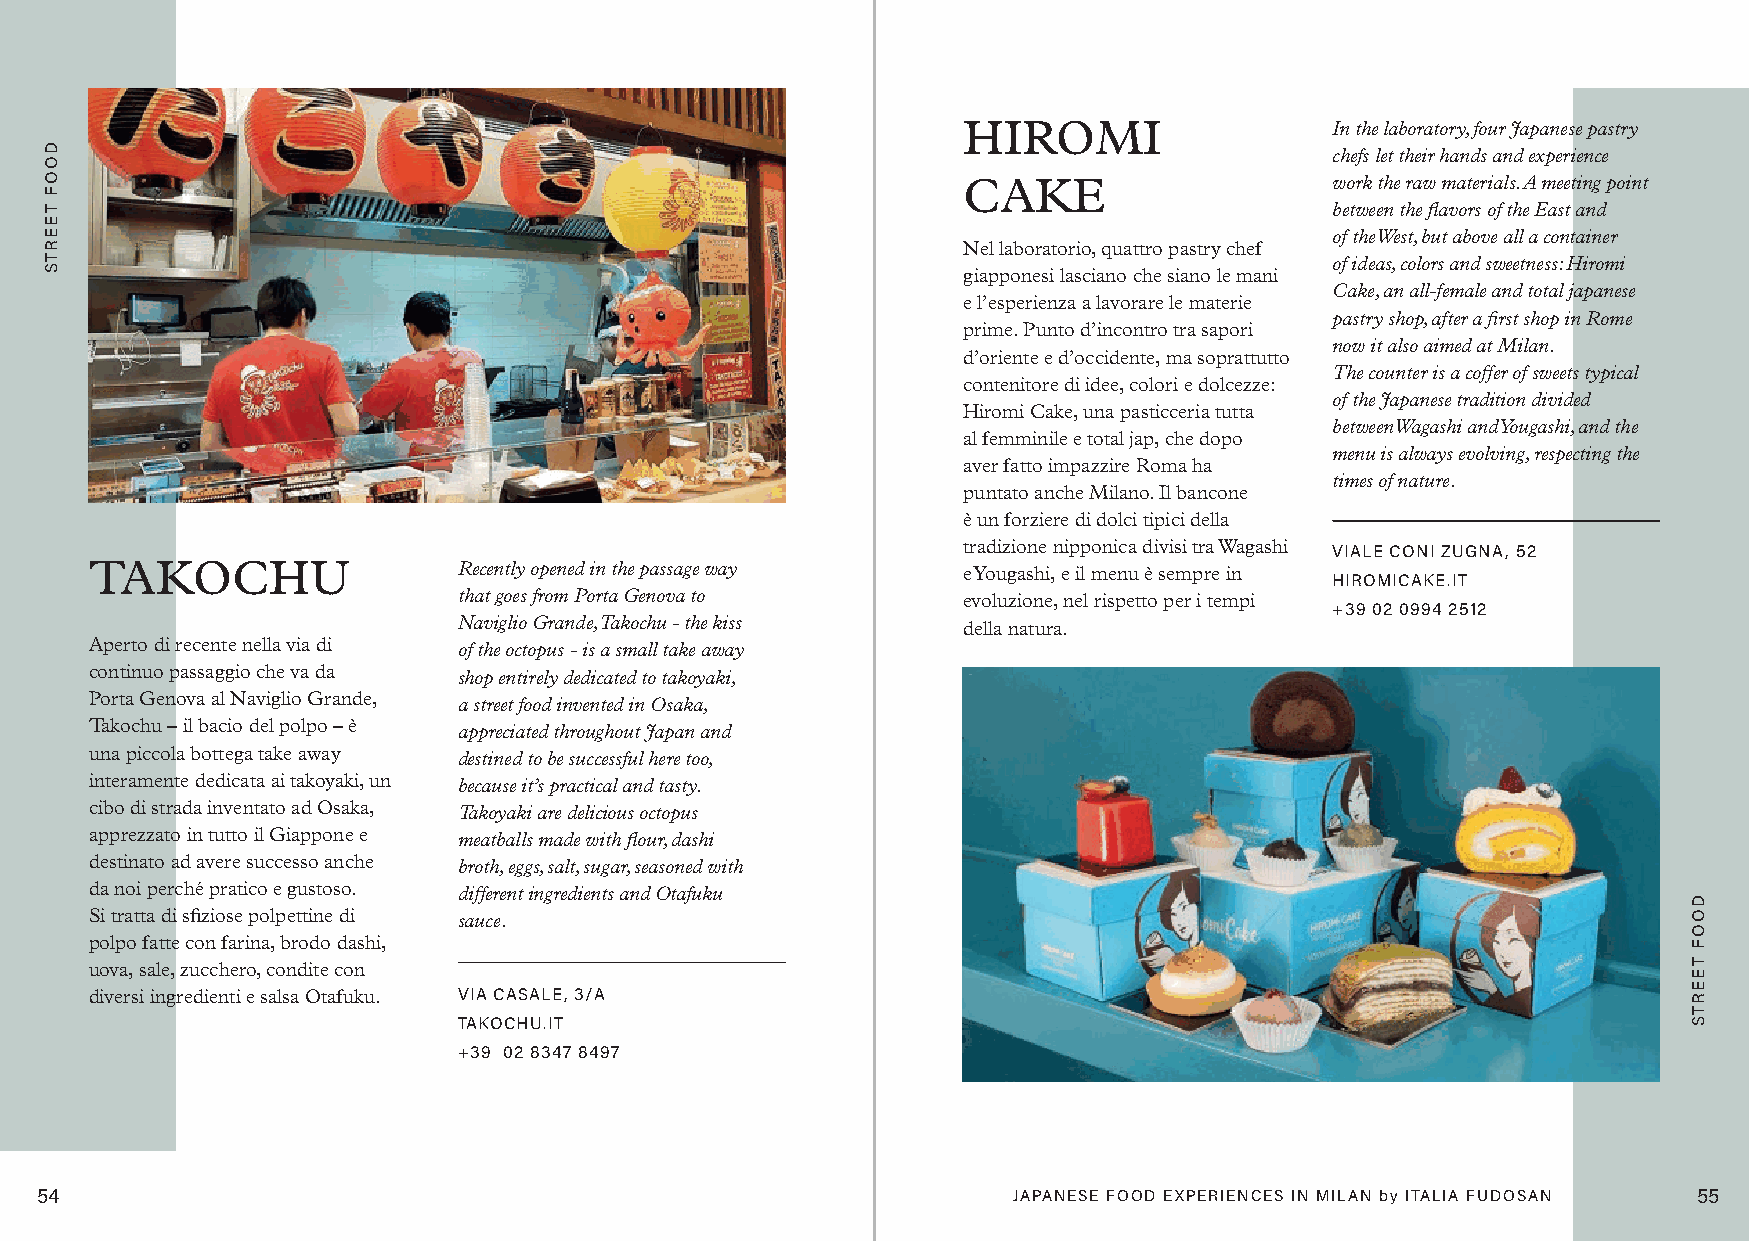
HIROMI                  In the laboratory, four Japanese pastry
 chefs let their hands and experience
 CAKE                    work the raw materials. A meeting point
 between the flavors of the East and
 of the West, but above all a container
 Nel laboratorio, quattro pastry chef
 of ideas, colors and sweetness: Hiromi
 giapponesi lasciano che siano le mani
 Cake, an all-female and total japanese
 e l’esperienza a lavorare le materie
 pastry shop, after a first shop in Rome
 prime. Punto d’incontro tra sapori
 now it also aimed at Milan.
 d’oriente e d’occidente, ma soprattutto
 The counter is a coffer of sweets typical
 contenitore di idee, colori e dolcezze:
 of the Japanese tradition divided
 Hiromi Cake, una pasticceria tutta
 between Wagashi and Yougashi, and the
 al femminile e total jap, che dopo
 menu is always evolving, respecting the
 aver fatto impazzire Roma ha
 times of nature.
 puntato anche Milano. Il bancone
 è un forziere di dolci tipici della
 tradizione nipponica divisi tra Wagashi VIALE CONI ZUGNA, 52
 TAKOCHU                 Recently opened in the passage way e Yougashi, e il menu è sempre in
 HIROMICAKE.IT
 that goes from Porta Genova to    evoluzione, nel rispetto per i tempi
 +39 02 0994 2512
 Naviglio Grande, Takochu - the kiss della natura.
 Aperto di recente nella via di of the octopus - is a small take away
 continuo passaggio che va da shop entirely dedicated to takoyaki,
 Porta Genova al Naviglio Grande, a street food invented in Osaka,
 Takochu – il bacio del polpo – è appreciated throughout Japan and
 una piccola bottega take away destined to be successful here too,
 interamente dedicata ai takoyaki, un because it’s practical and tasty.
 cibo di strada inventato ad Osaka, Takoyaki are delicious octopus
 apprezzato in tutto il Giappone e meatballs made with flour, dashi
 destinato ad avere successo anche broth, eggs, salt, sugar, seasoned with
 da noi perché pratico e gustoso. different ingredients and Otafuku
 Si tratta di sfiziose polpettine di sauce.
 polpo fatte con farina, brodo dashi,
 uova, sale, zucchero, condite con
 diversi ingredienti e salsa Otafuku. VIA CASALE, 3/A
 TAKOCHU.IT
 +39 02 8347 8497
 54                                                               JAPANESE FOOD EXPERIENCES IN MILAN by ITALIA FUDOSAN 55
 DOOF
 TEERTS
 DOOF
 TEERTS